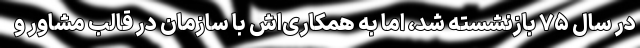
در سال ۷۵ بازنشسته شد، اما به همکاری‌اش با سازمان در قالب مشاور و